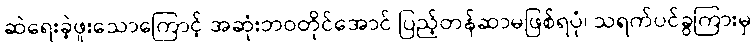
ဆဲရေးခဲ့ဖူးသောကြောင့် အဆုံးဘဝတိုင်အောင် ပြည့်တန်ဆာမဖြစ်ရပုံ၊ သရက်ပင်ခွကြားမှ